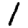
Digit: 1